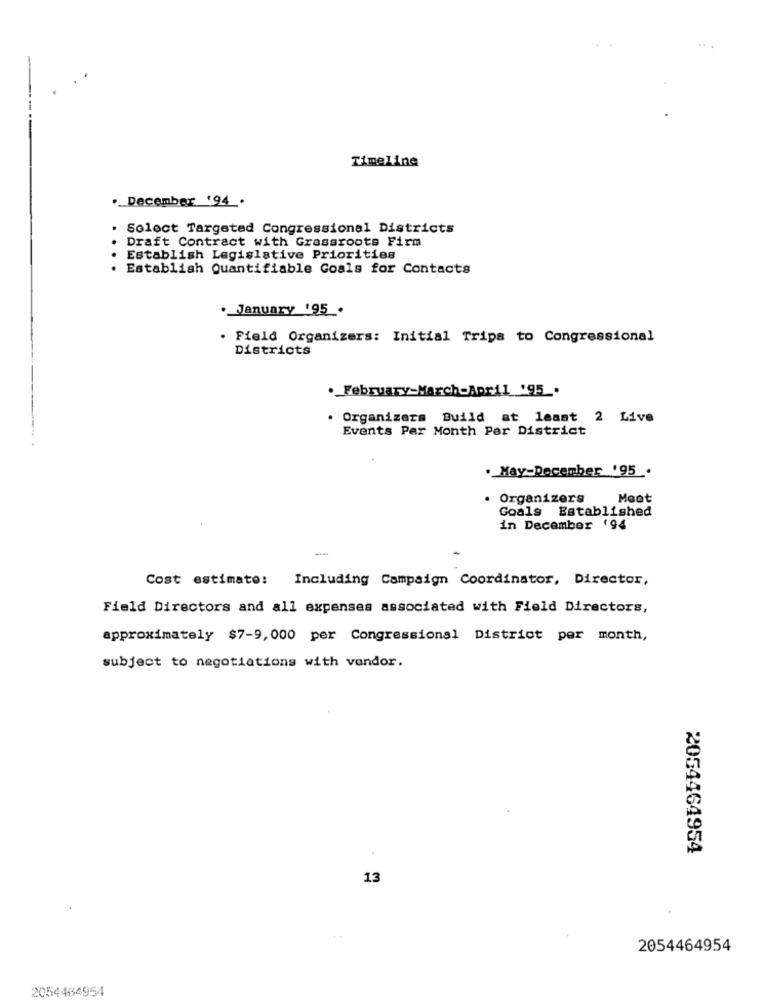
Timeline
. December '94 .
Soloct Targeted Congressional Districts
Draft Contract with Grassroots Firm
Establish Legislative Priorities
· Establish Quantifiable Goals for Contacts
. January '95 .
. Field Organizers: Initial Trips to Congressional
Districts
. February-March-April '95 .
. Organizeza Build at least 2 Live
Events Per Month Per District
. Hay-December '95 .
Organizers
Moot
Goals Established
in December '94
Cost estimate:
Including Campaign Coordinator, Director,
Field Directors and all expenses associated with Field Directors,
approximately $7-9, 000 per Congressional District per month,
subject to negotiations with vendor.
2054464954
13
2054464954
2054464954